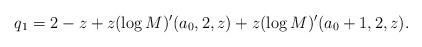
LaTeX: \begin{align*}q_1 = 2 -z + z ( \log M )^\prime(a_0,2,z) + z ( \log M )^\prime(a_0+1,2,z) .\end{align*}